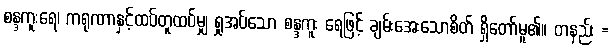
စန္ဒကူးရေ၊ ကရုဏာနှင့်ထပ်တူထပ်မျှ ရှုအပ်သော စန္ဒကူး ရေဖြင့် ချမ်းအေးသောစိတ် ရှိတော်မူ၏။ တနည်း =